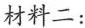
材料二：